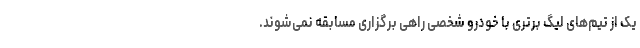
یک از تیم‌های لیگ برتری با خودرو شخصی راهی برگزاری مسابقه نمی‌شوند.